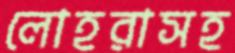
লোহরাসহ